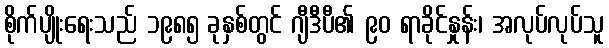
စိုက်ပျိုးရေးသည် ၁၉၈၅ ခုနှစ်တွင် ဂျီဒီပီ၏ ၉၀ ရာခိုင်နှုန်း၊ အလုပ်လုပ်သူ